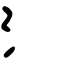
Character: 氵